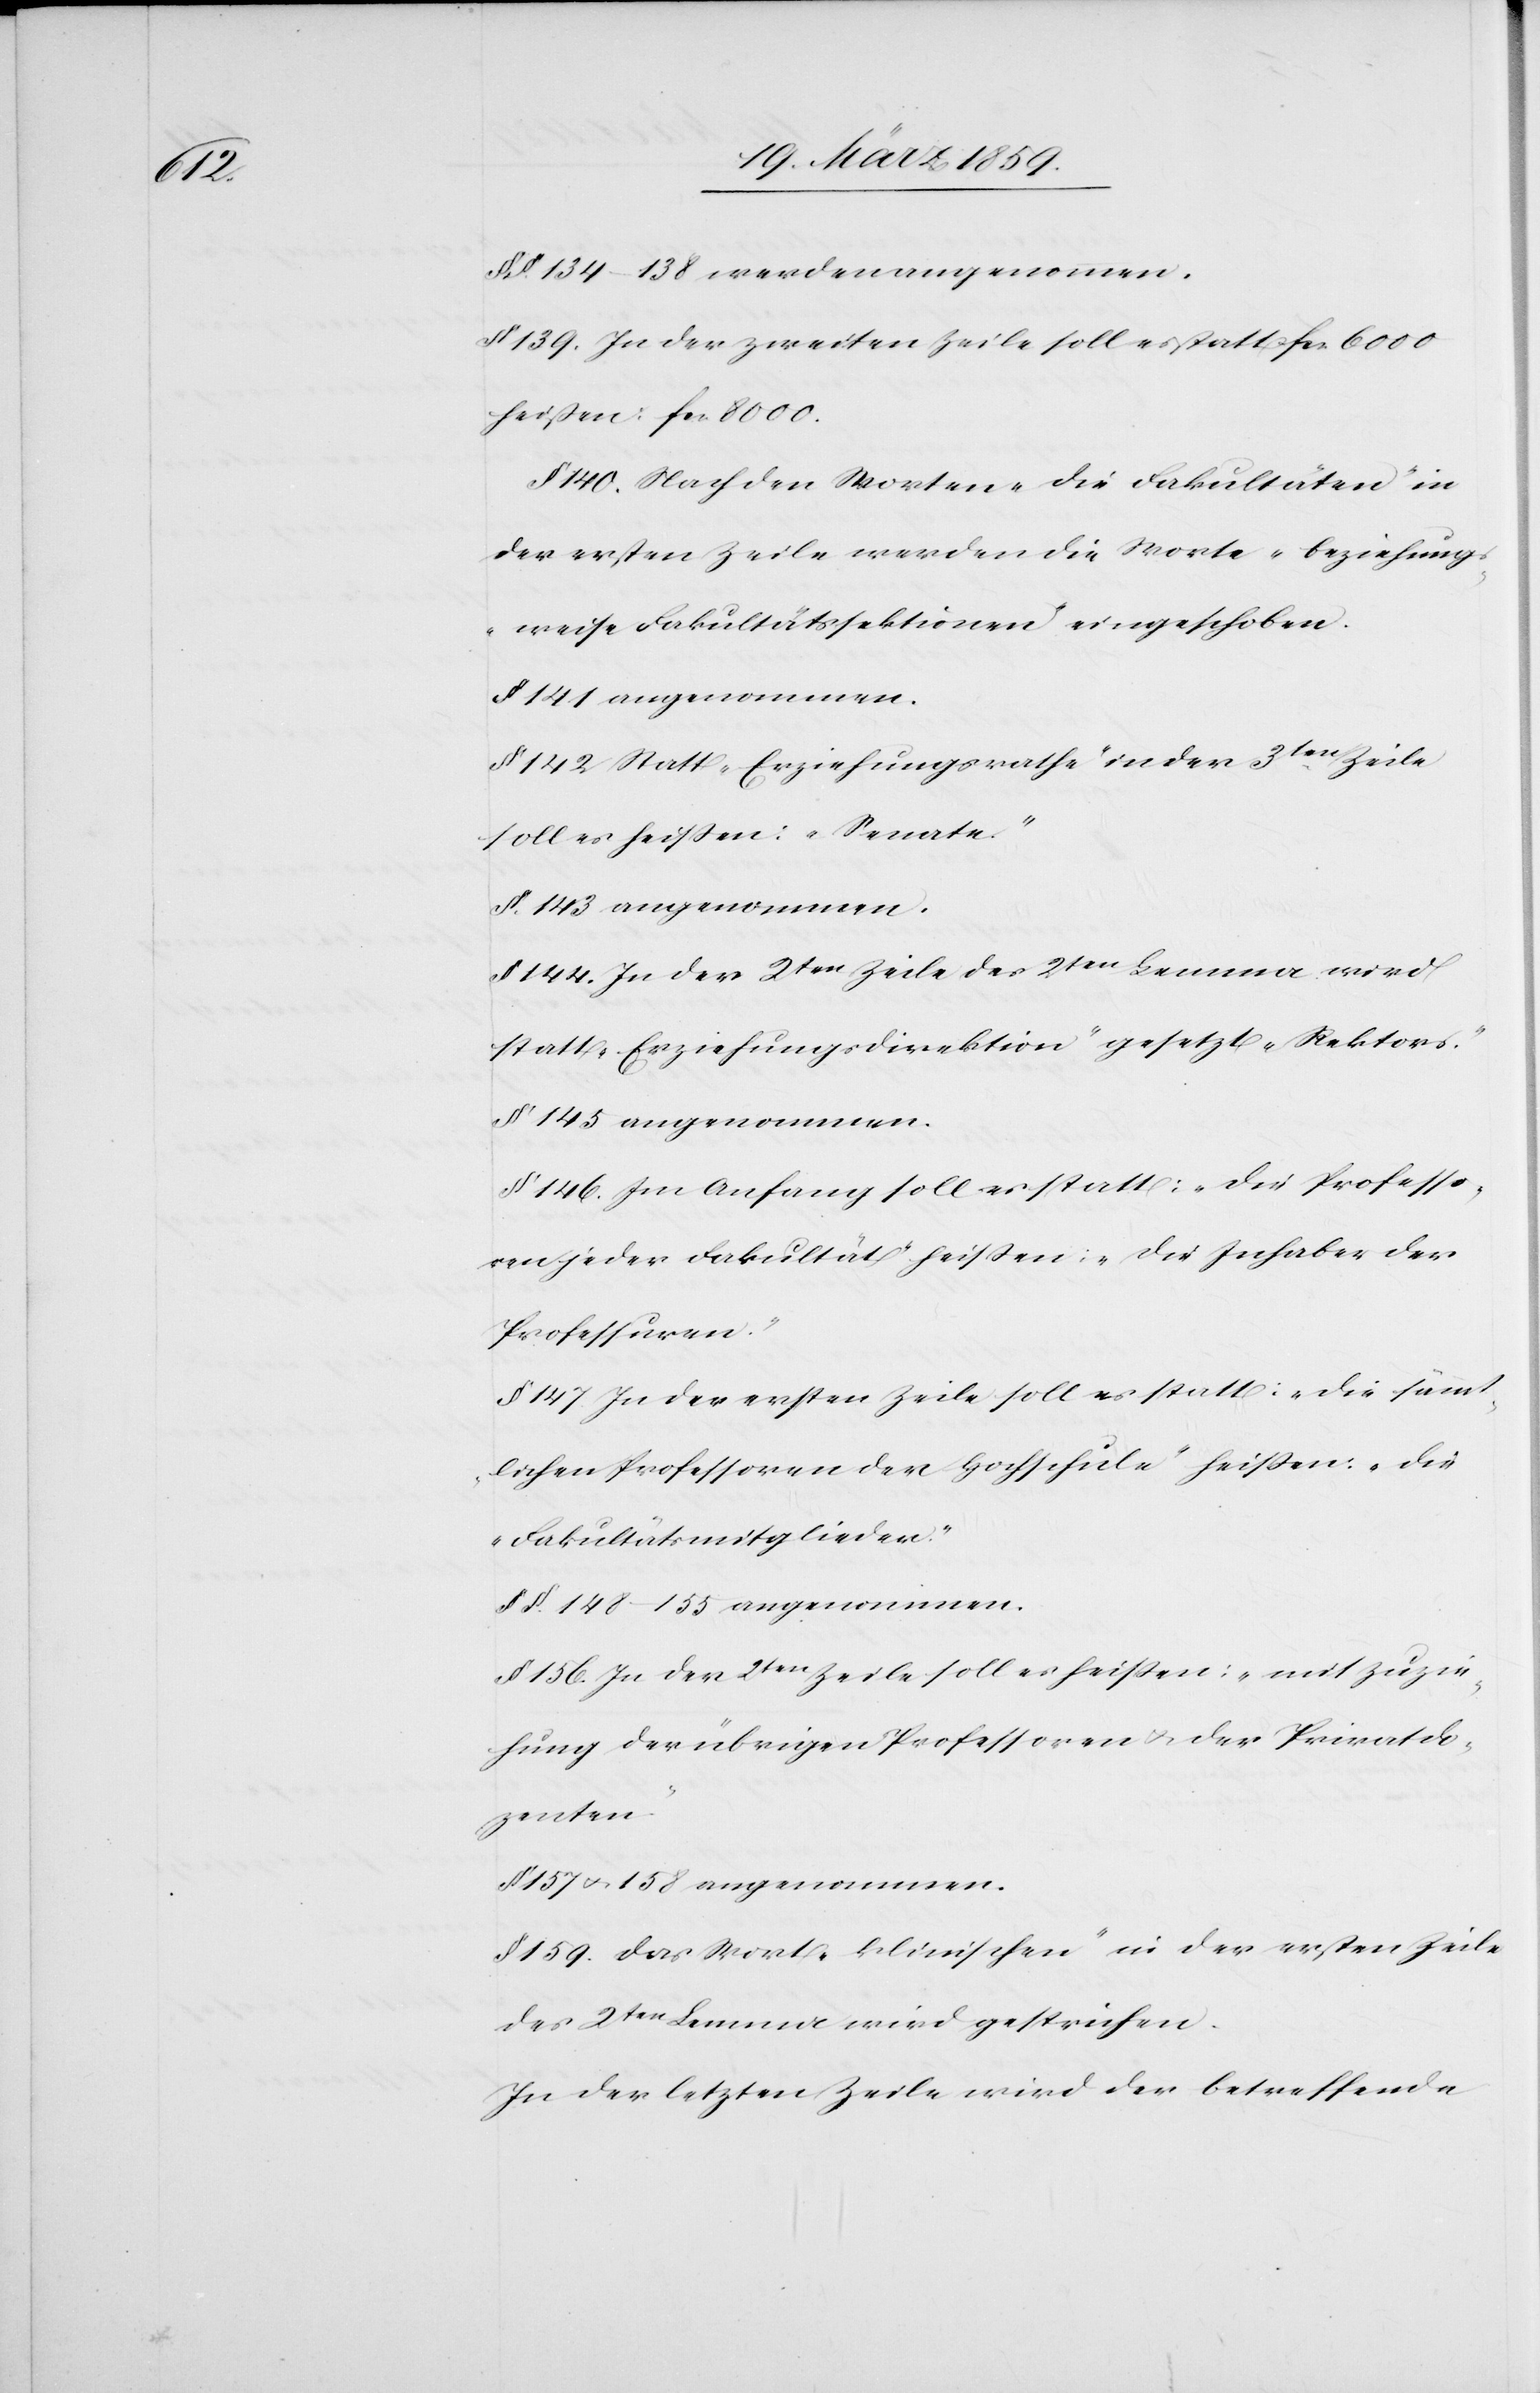
§§. 134–138 werden angenommen.
§ 139. In der zweiten Zeile soll es statt fcs. 6000
heißen: fcs. 8000.
§ 140. Nach den Worten „die Fakultäten“ in
der ersten Zeile werden die Worte „beziehungs¬
weise Fakultätssektionen“ eingeschoben.
§ 141 angenommen.
§ 142 Statt „Erziehungsrathe“ in der 3ten Zeile
soll es heißen: „Senate“.
§. 143 angenommen.
144. In der 2ten Zeile des 2ten Lemma wird
statt „Erziehungsdirektion“ gesetzt „Rektors“.
§ 145 angenommen.
§ 146. Im Anfang soll es statt: „die Professo¬
ren jeder Fakultät“ heißen: „die Inhaber der
Professuren“.
§ 147 In der ersten Zeile soll es statt: „die sämt¬
lichen Professoren der Hochschule“ heißen: „die
Fakultätsmitglieder“.
§§. 148–155 angenommen.
§ 156. In der 2ten Zeile soll es heißen: „mit Zuzie¬
hung der übrigen Professoren u. der Privatdo¬
zenten“.
§ 157 u. 158 angenommen.
§ 159. Das Wort „klinischen“ in der ersten Zeile
des 2ten Lemma wird gestrichen.
In der letzten Zeile wird der betreffende